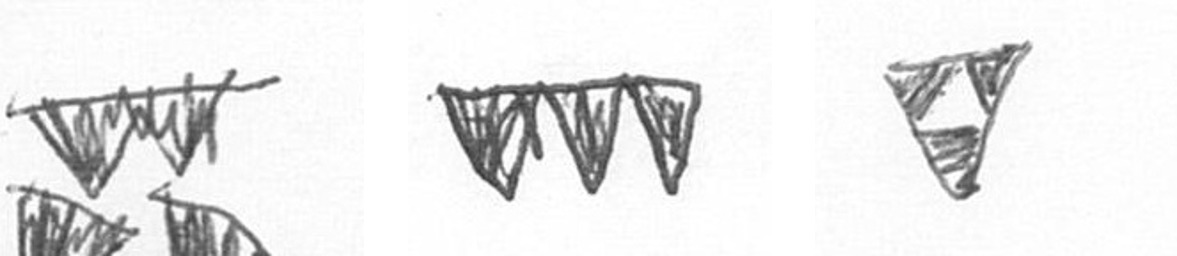
B L S